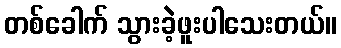
တစ်ခေါက် သွားခဲ့ဖူးပါသေးတယ်။